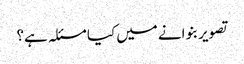
تصویر بنوانے میں کیا مسئلہ ہے؟